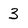
Character: 3